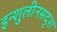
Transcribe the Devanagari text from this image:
इन्शुलीनसदृश